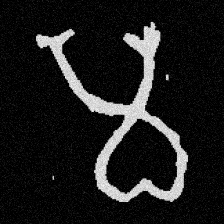
Pyu character \u2014 Myanmar letter: မ (romanized: ma)